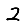
Digit: 2